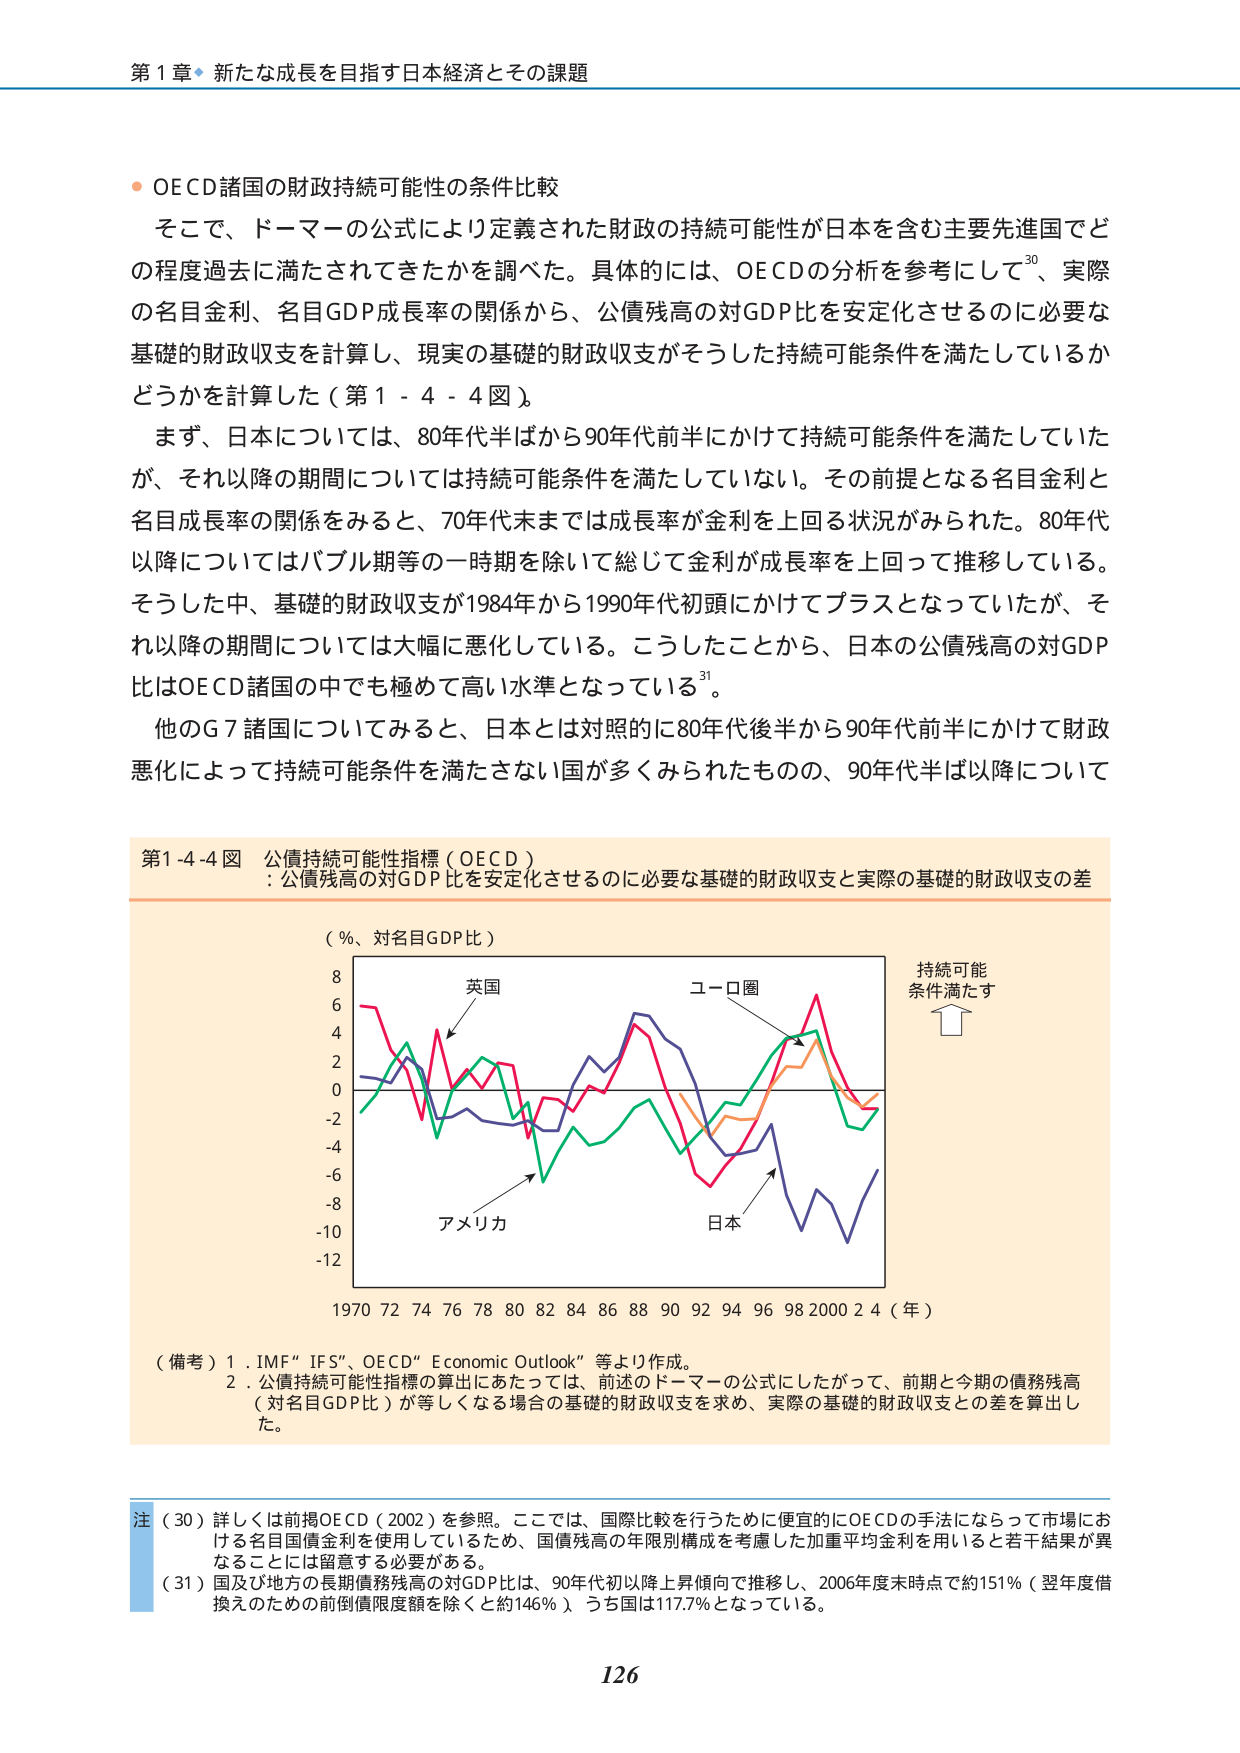
第１章 新たな成長を目指す日本経済とその課題

● OECD諸国の財政持続可能性の条件比較

そこで、ドーマーの公式により定義された財政の持続可能性が日本を含む主要先進国でどの程度過去に満たされてきたかを調べた。具体的には、OECDの分析を参考にして30、実際の名目金利、名目GDP成長率の関係から、公債残高の対GDP比を安定化させるのに必要な基礎的財政収支を計算し、現実の基礎的財政収支がそうした持続可能条件を満たしているかどうかを計算した（第1-4-4図）。

まず、日本については、80年代半ばから90年代前半にかけて持続可能条件を満たしていたが、それ以降の期間については持続可能条件を満たしていない。その前提となる名目金利と名目成長率の関係をみると、70年代末までは成長率が金利を上回る状況がみられた。80年代以降についてはバブル期等の一時期を除いて総じて金利が成長率を上回って推移している。そうした中、基礎的財政収支が1984年から1990年代初頭にかけてプラスとなっていたが、それ以降の期間については大幅に悪化している。こうしたことから、日本の公債残高の対GDP比はOECD諸国の中でも極めて高い水準となっている31。

他のG7諸国についてみると、日本とは対照的に80年代後半から90年代前半にかけて財政悪化によって持続可能条件を満たさない国が多くみられたものの、90年代半ば以降について

第1-4-4図 公債持続可能性指標（OECD）
：公債残高の対GDP比を安定化させるのに必要な基礎的財政収支と実際の基礎的財政収支の差

（％、対名目GDP比）

8
6
4
2
0
-2
-4
-6
-8
-10
-12

1970 72 74 76 78 80 82 84 86 88 90 92 94 96 98 2000 2 4（年）

英国
ユーロ圏
アメリカ
日本

持続可能
条件満たす

（備考）1．IMF「IFS」、OECD「Economic Outlook」等より作成。
2．公債持続可能性指標の算出にあたっては、前述のドーマーの公式にしたがって、前期と今期の債務残高（対名目GDP比）が等しくなる場合の基礎的財政収支を求め、実際の基礎的財政収支との差を算出した。

注（30）詳しくは前掲OECD（2002）を参照。ここでは、国際比較を行うために便宜的にOECDの手法にならって市場における名目国債金利を使用しているため、国債残高の年限別構成を考慮した加重平均金利を用いると若干結果が異なることには留意する必要がある。
（31）国及び地方の長期債務残高の対GDP比は、90年代初以降上昇傾向で推移し、2006年度末時点で約151％（翌年度借換えのための前倒債限度額を除くと約146％）、うち国は117.7％となっている。

126